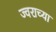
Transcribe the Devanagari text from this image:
ज्वराच्या